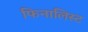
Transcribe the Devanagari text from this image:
फिनालिस्ट